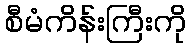
စီမံကိန်းကြီးကို